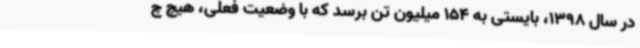
در سال 1398، بایستی به 154 میلیون تن برسد که با وضعیت فعلی، هیچ چ